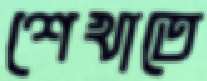
শেখাতে